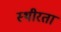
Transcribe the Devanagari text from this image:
स्थीरता